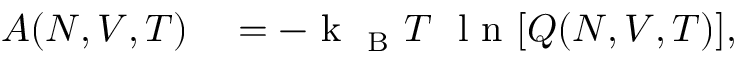
\begin{array} { r l } { A ( N , V , T ) } & { { } = - \mathrm { ~ k ~ } _ { \mathrm { ~ B ~ } } T ~ \mathrm { ~ l ~ n ~ } [ Q ( N , V , T ) ] , } \end{array}